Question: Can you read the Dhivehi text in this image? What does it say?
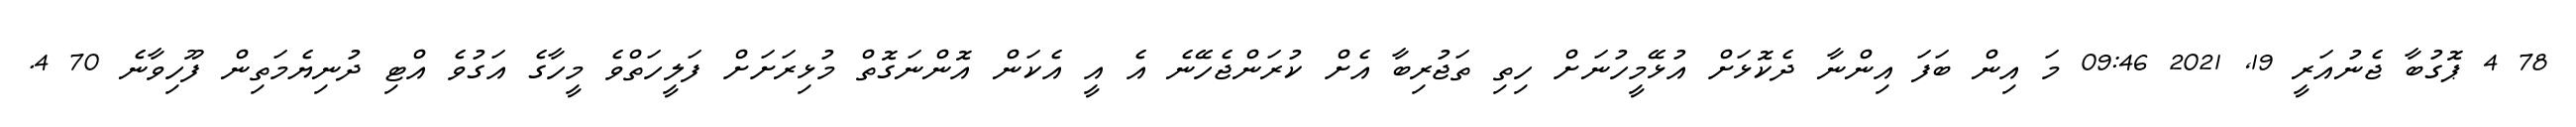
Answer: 78 4 ޕޮގުބާ ޖެނުއަރީ 19, 2021 09:46 މަ އިން ބަފަ އިންނާ ދެކޮޅަށް އުޅޭމީހުނަށް ހިތި ތަޖުރިބާ އެށް ކުރަންޖެހޭނެ އެ އީ އެކަން އޮންނަގޮތް މުޅިރަށަށް ފަލީހަތްވެ މީހާގެ އަގުވެ އްޓި ދުނިޔެމަތިން ފޫހިވާނެ 70 4.